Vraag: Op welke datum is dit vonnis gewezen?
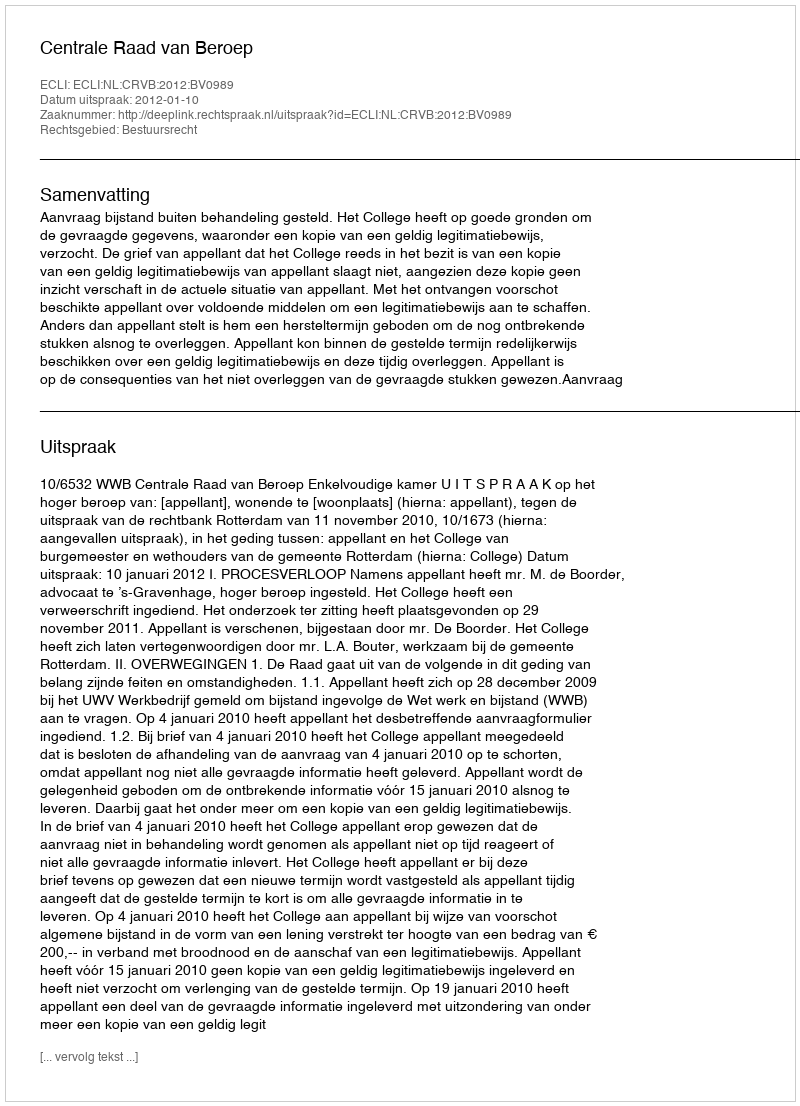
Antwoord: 2012-01-10